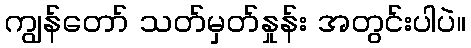
ကျွန်တော် သတ်မှတ်နှုန်း အတွင်းပါပဲ။